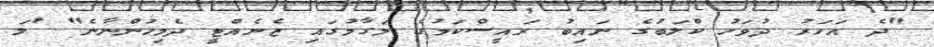
"ދެ އަހަރު ދުވަހު ކްލަބުގެ ނައިބު ރައީސްކަމުގެ މަގާމުގައި ޒެނެއްޓީ ދެމިހުންނާނެ" 'ލަ